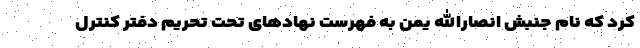
کرد که نام جنبش انصارالله یمن به فهرست نهادهای تحت تحریم دفتر کنترل